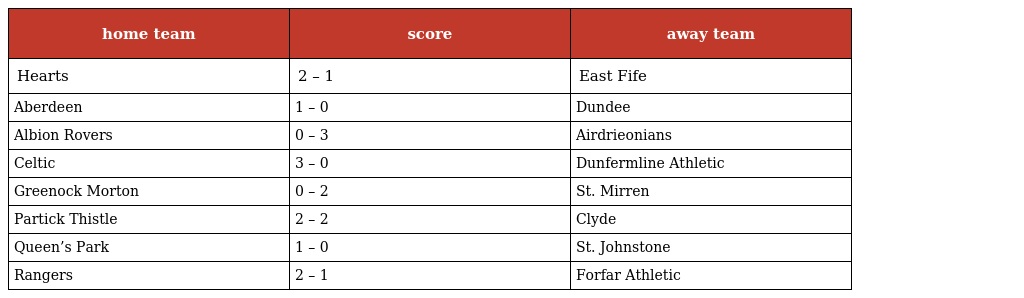
| home team | score | away team |
 | --- | --- | --- |
 | Hearts | 2 – 1 | East Fife |
 | Aberdeen | 1 – 0 | Dundee |
 | Albion Rovers | 0 – 3 | Airdrieonians |
 | Celtic | 3 – 0 | Dunfermline Athletic |
 | Greenock Morton | 0 – 2 | St. Mirren |
 | Partick Thistle | 2 – 2 | Clyde |
 | Queen’s Park | 1 – 0 | St. Johnstone |
 | Rangers | 2 – 1 | Forfar Athletic |